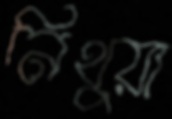
নিথুয়া